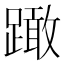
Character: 𨅺